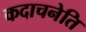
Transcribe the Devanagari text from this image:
कदाचनेति